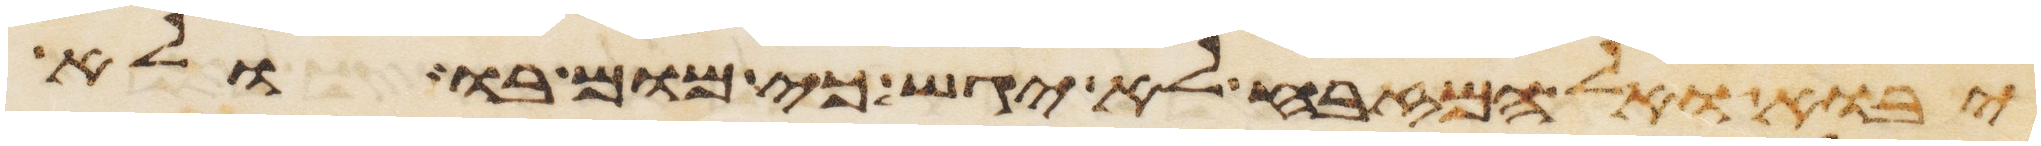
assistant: יבוא ואל המזבח לא יגש כי מום בו ולא